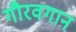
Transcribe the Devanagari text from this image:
गौरवगान